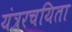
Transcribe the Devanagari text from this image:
यंत्ररचयिता